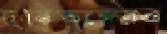
চুক্তিভঙ্গেরও